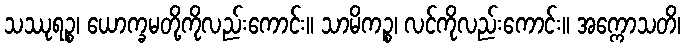
သဿုရဉ္စ၊ ယောက္ခမတို့ကိုလည်းကောင်း။ သာမိကဉ္စ၊ လင်ကိုလည်းကောင်း။ အက္ကောသတိ၊